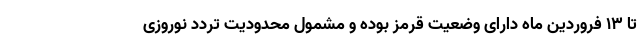
تا ۱۳ فروردین ماه دارای وضعیت قرمز بوده و مشمول محدودیت تردد نوروزی